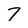
Character: 7